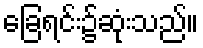
ခြေရင်း၌ဆုံးသည်။